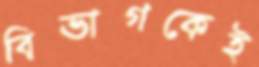
বিভাগকেই